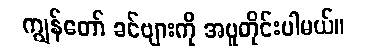
ကျွန်တော် ခင်ဗျားကို အပူတိုင်းပါမယ်။